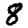
Digit: 8